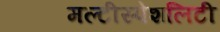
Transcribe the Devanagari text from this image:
मल्टीस्पेशलिटी